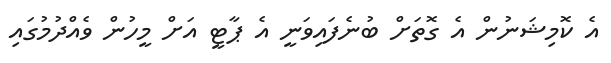
އެ ކޮމިޝަނުން އެ ގޮތަށް ބުނެފައިވަނީ އެ ޕާޓީ އަށް މީހުން ވެއްދުމުގައި